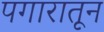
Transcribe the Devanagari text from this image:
पगारातून